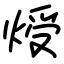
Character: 𤊐